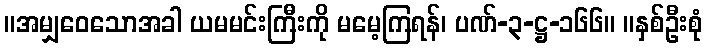
။အမျှဝေသောအခါ ယမမင်းကြီးကို မမေ့ကြရန်၊ ပဏ်-၃-ဋ္ဌ-၁၆၆။ ။နှစ်ဦးစုံ